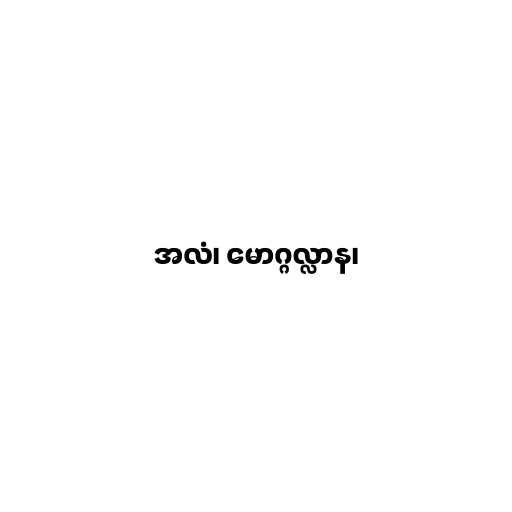
အလံ၊ မောဂ္ဂလ္လာန၊